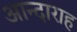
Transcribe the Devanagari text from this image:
आन्दाराह